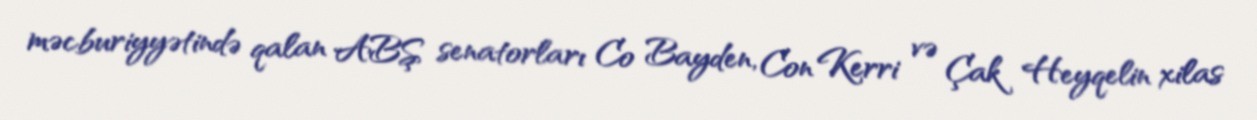
məcburiyyətində qalan ABŞ senatorları Co Bayden, Con Kerri və Çak Heyqelin xilas